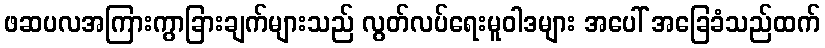
ဖဆပလအကြားကွာခြားချက်များသည် လွတ်လပ်ရေးမူဝါဒများ အပေါ် အခြေခံသည်ထက်